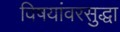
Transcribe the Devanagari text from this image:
विषयांवरसुद्धा